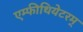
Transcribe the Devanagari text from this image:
एम्फीथियेटरम्